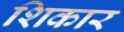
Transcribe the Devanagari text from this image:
शिकार